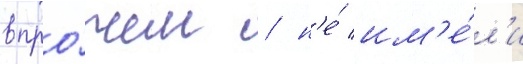
впро́чем / н'е́ им'е́л'и